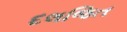
દલજિત